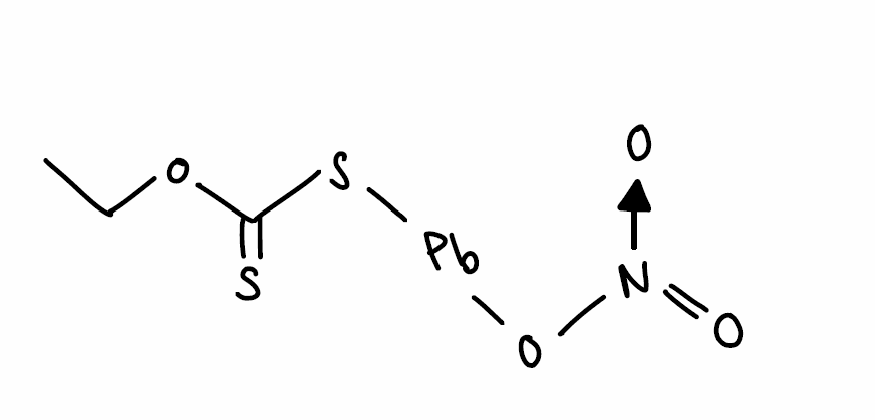
Simplified molecular-input line-entry system (SMILES) notation of the given molecule:
CCOC(=S)S[Pb]O[N+](=O)[O-]